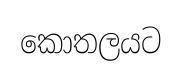
කොතලයට